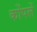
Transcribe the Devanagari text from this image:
कोंपलें